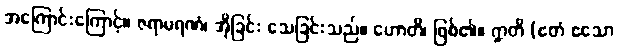
အကြောင်းကြောင့်။ ဇရာမရဏံ၊ အိုခြင်း သေခြင်းသည်။ ဟောတိ၊ ဖြစ်၏။ ဣတိ (ဧတံ ဧသော